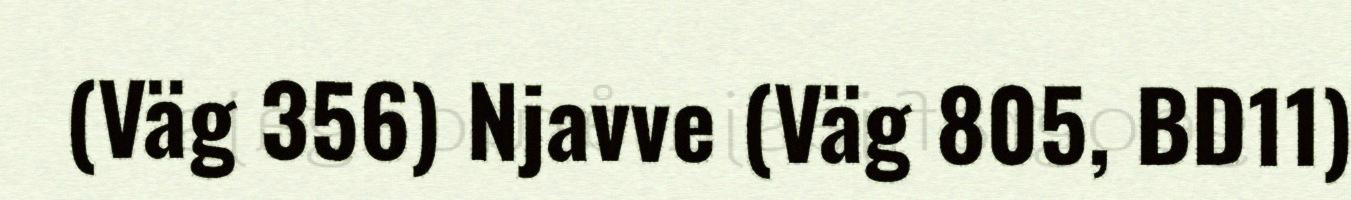
(Väg 356) Njavve (Väg 805, BD11)